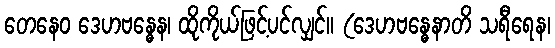
တေနေဝ ဒေဟဗန္ဓေန၊ ထိုကိုယ်ဖြင့်ပင်လျှင်။ (ဒေဟဗန္ဓေနာတိ သရီရေန၊